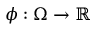
\phi : \Omega \rightarrow \mathbb { R }